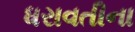
ધરાવતીના